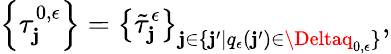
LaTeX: \left\{ \tau_{\mathbf{j}}^{0,\epsilon}\right\} =\left\{ \tilde{{\tau}}_{\mathbf{j}}^{\epsilon}\right\} _{\mathbf{j}\in\{ \mathbf{j}^{\prime}|q_{\epsilon}(\mathbf{j}^{\prime})\in\Deltaq_{0,\epsilon}\} },